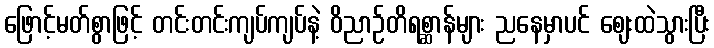
ဖြောင့်မတ်စွာဖြင့် တင်းတင်းကျပ်ကျပ်နဲ့ ဝိညာဉ်တိရစ္ဆာန်များ ညနေမှာပင် ဈေးထဲသွားပြီး